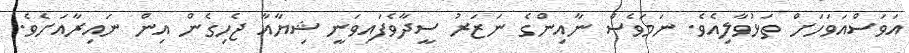
އަވަސްއަވަހަށް ތަޅުވާލިއެވެ. ނަމަވެސް ނާއިންގެ ނަަޒަރު ސީދާވެފައިވަނީ ޝިޔާއާ ޖެހިގެން އިން ނައިރާއަށެވެ.